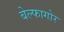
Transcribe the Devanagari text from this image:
बेल्फागोर